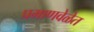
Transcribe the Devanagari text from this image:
प्रमाणवेळेत